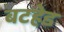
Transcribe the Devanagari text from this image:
बटहेड